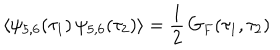
\langle \psi _ { 5 , 6 } ( \tau _ { 1 } ) \, \psi _ { 5 , 6 } ( \tau _ { 2 } ) \rangle = \frac { 1 } { 2 } \, G _ { F } ( \tau _ { 1 } , \tau _ { 2 } ) \nonumber